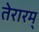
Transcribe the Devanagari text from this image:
तेरारम्‌